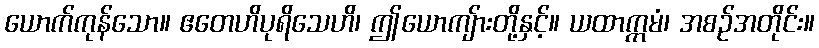
ယောက်ကုန်သော။ ဧတေဟိပုရိသေဟိ၊ ဤယောကျ်ားတို့နှင့်။ ယထာက္ကမံ၊ အစဉ်အတိုင်း။